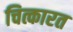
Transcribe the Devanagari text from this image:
चित्कारत